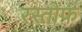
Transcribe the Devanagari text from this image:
रस्तोफ